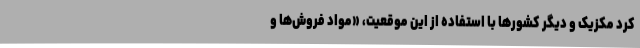
کرد مکزیک و دیگر کشورها با استفاده از این موقعیت، «مواد فروش‌ها و